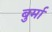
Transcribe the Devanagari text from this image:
बुर्मा